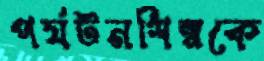
পর্যটনশিল্পকে